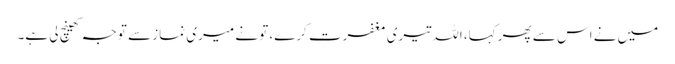
میں نے اس سے پھر کہا، اللہ تیری مغفرت کرے، تو نے میری نماز سے توجہ کھینچ لی ہے۔